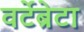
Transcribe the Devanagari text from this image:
वर्टेब्रेटा